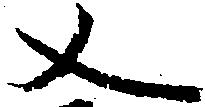
又